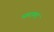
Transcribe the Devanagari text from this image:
धारावत्‌